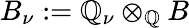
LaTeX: B_{\nu}:=\mathbb{Q}_{\nu}\otimes_{\mathbb{Q}}B